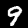
Digit: 9